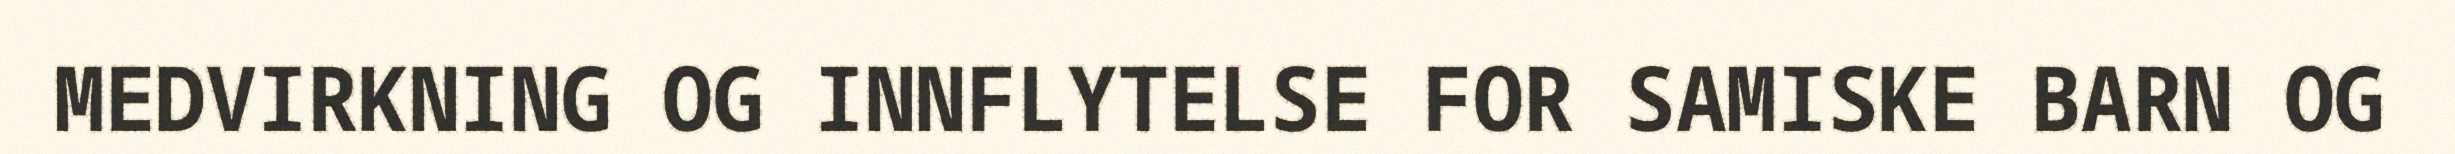
MEDVIRKNING OG INNFLYTELSE FOR SAMISKE BARN OG